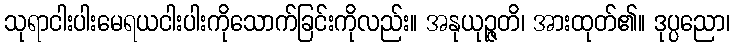
သုရာငါးပါးမေရယငါးပါးကိုသောက်ခြင်းကိုလည်း။ အနုယုဉ္ဇတိ၊ အားထုတ်၏။ ဒုပ္ပညော၊